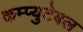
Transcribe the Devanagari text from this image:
कम्प्युटेबल